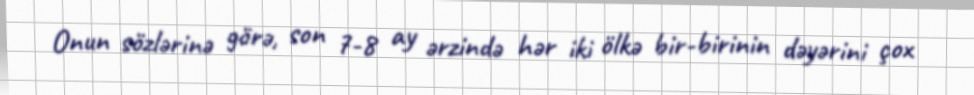
Onun sözlərinə görə, son 7-8 ay ərzində hər iki ölkə bir-birinin dəyərini çox